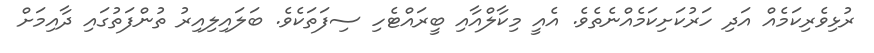
ރުޅިވެރިކަމެއް އަދި ހަރުކަށިކަމެއްނެތެވެ. އެއީ މިކާލްއާއި ބީރައްޓެހި ސިފަތަކެވެ. ބަލައިލިއިރު ތުންފަތުގައި ދާއިމަށް